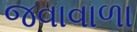
જવાવાળા